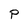
Character: P